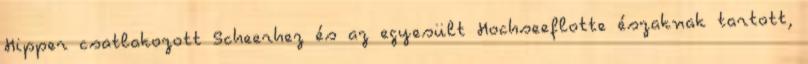
Hipper csatlakozott Scheerhez és az egyesült Hochseeflotte északnak tartott,